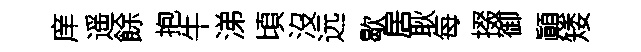
庠遥餘抱牛涕頃沒远歇居耿每掇御顚矮